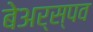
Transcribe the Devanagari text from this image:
बेअर्स्पव